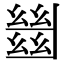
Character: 𢇍